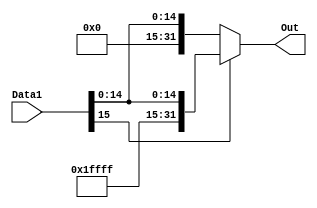
`timescale 1ns / 1ps
//////////////////////////////////////////////////////////////////////////////////
// Company: 
// 
// Design Name: 
// Module Name:     SIGN EXTEND
// Project Name: 

// Revision: 
// Revision 0.01 - File Created
// Additional Comments: 
////////////////////////////////////////// SIGN EXTEND MODULE//////////////////////
module MIPS_SIGNEXT(
	input   [15:0] Data1,
	output	reg [31:0] Out
);

	always @(Data1)	// SIGN EXTENSION OPERATION
	begin
		if(Data1[15] == 1)
		begin
			Out[31:0] = {16'hFFFF,Data1[15:0]};
		end
		else	
		begin
			Out[31:0] = {16'h0,Data1[15:0]};
		end
	end
	

endmodule